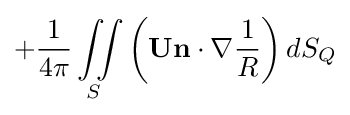
+{\frac {1}{4\pi }}\iint \limits _{S}\left(\mathbf {U} \mathbf {n} \cdot \nabla {\frac {1}{R}}\right)dS_{Q}